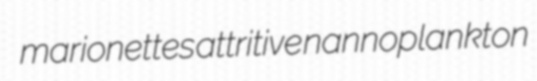
marionettes attritive nannoplankton